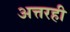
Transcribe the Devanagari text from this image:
अत्तरही